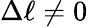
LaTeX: \Delta\ell\neq 0